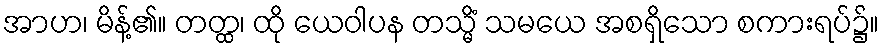
အာဟ၊ မိန့်၏။ တတ္ထ၊ ထို ယေဝါပန တသ္မိံ သမယေ အစရှိသော စကားရပ်၌။